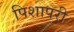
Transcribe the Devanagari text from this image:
पिशापरी